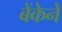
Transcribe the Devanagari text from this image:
बेंकेने